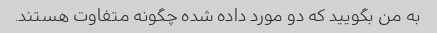
به من بگویید که دو مورد داده شده چگونه متفاوت هستند.